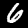
Digit: 6